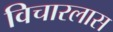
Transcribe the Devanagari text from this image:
विचारलास